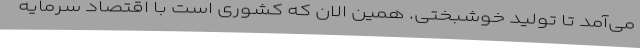
می‌آمد تا تولید خوشبختی. همین الان که کشوری است با اقتصاد سرمایه‌